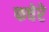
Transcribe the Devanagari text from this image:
फचेरे